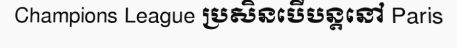
Champions League ប្រសិនបើបន្តនៅ Paris